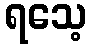
ရသေ့